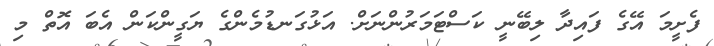
ފެށީމަ އޭގެ ފައިދާ ލިބޭނީ ކަސްޓަމަރުންނަށް. އަޅުގަނޑުމެންގެ ޔަގީންކަން އެބަ އޮތް މި